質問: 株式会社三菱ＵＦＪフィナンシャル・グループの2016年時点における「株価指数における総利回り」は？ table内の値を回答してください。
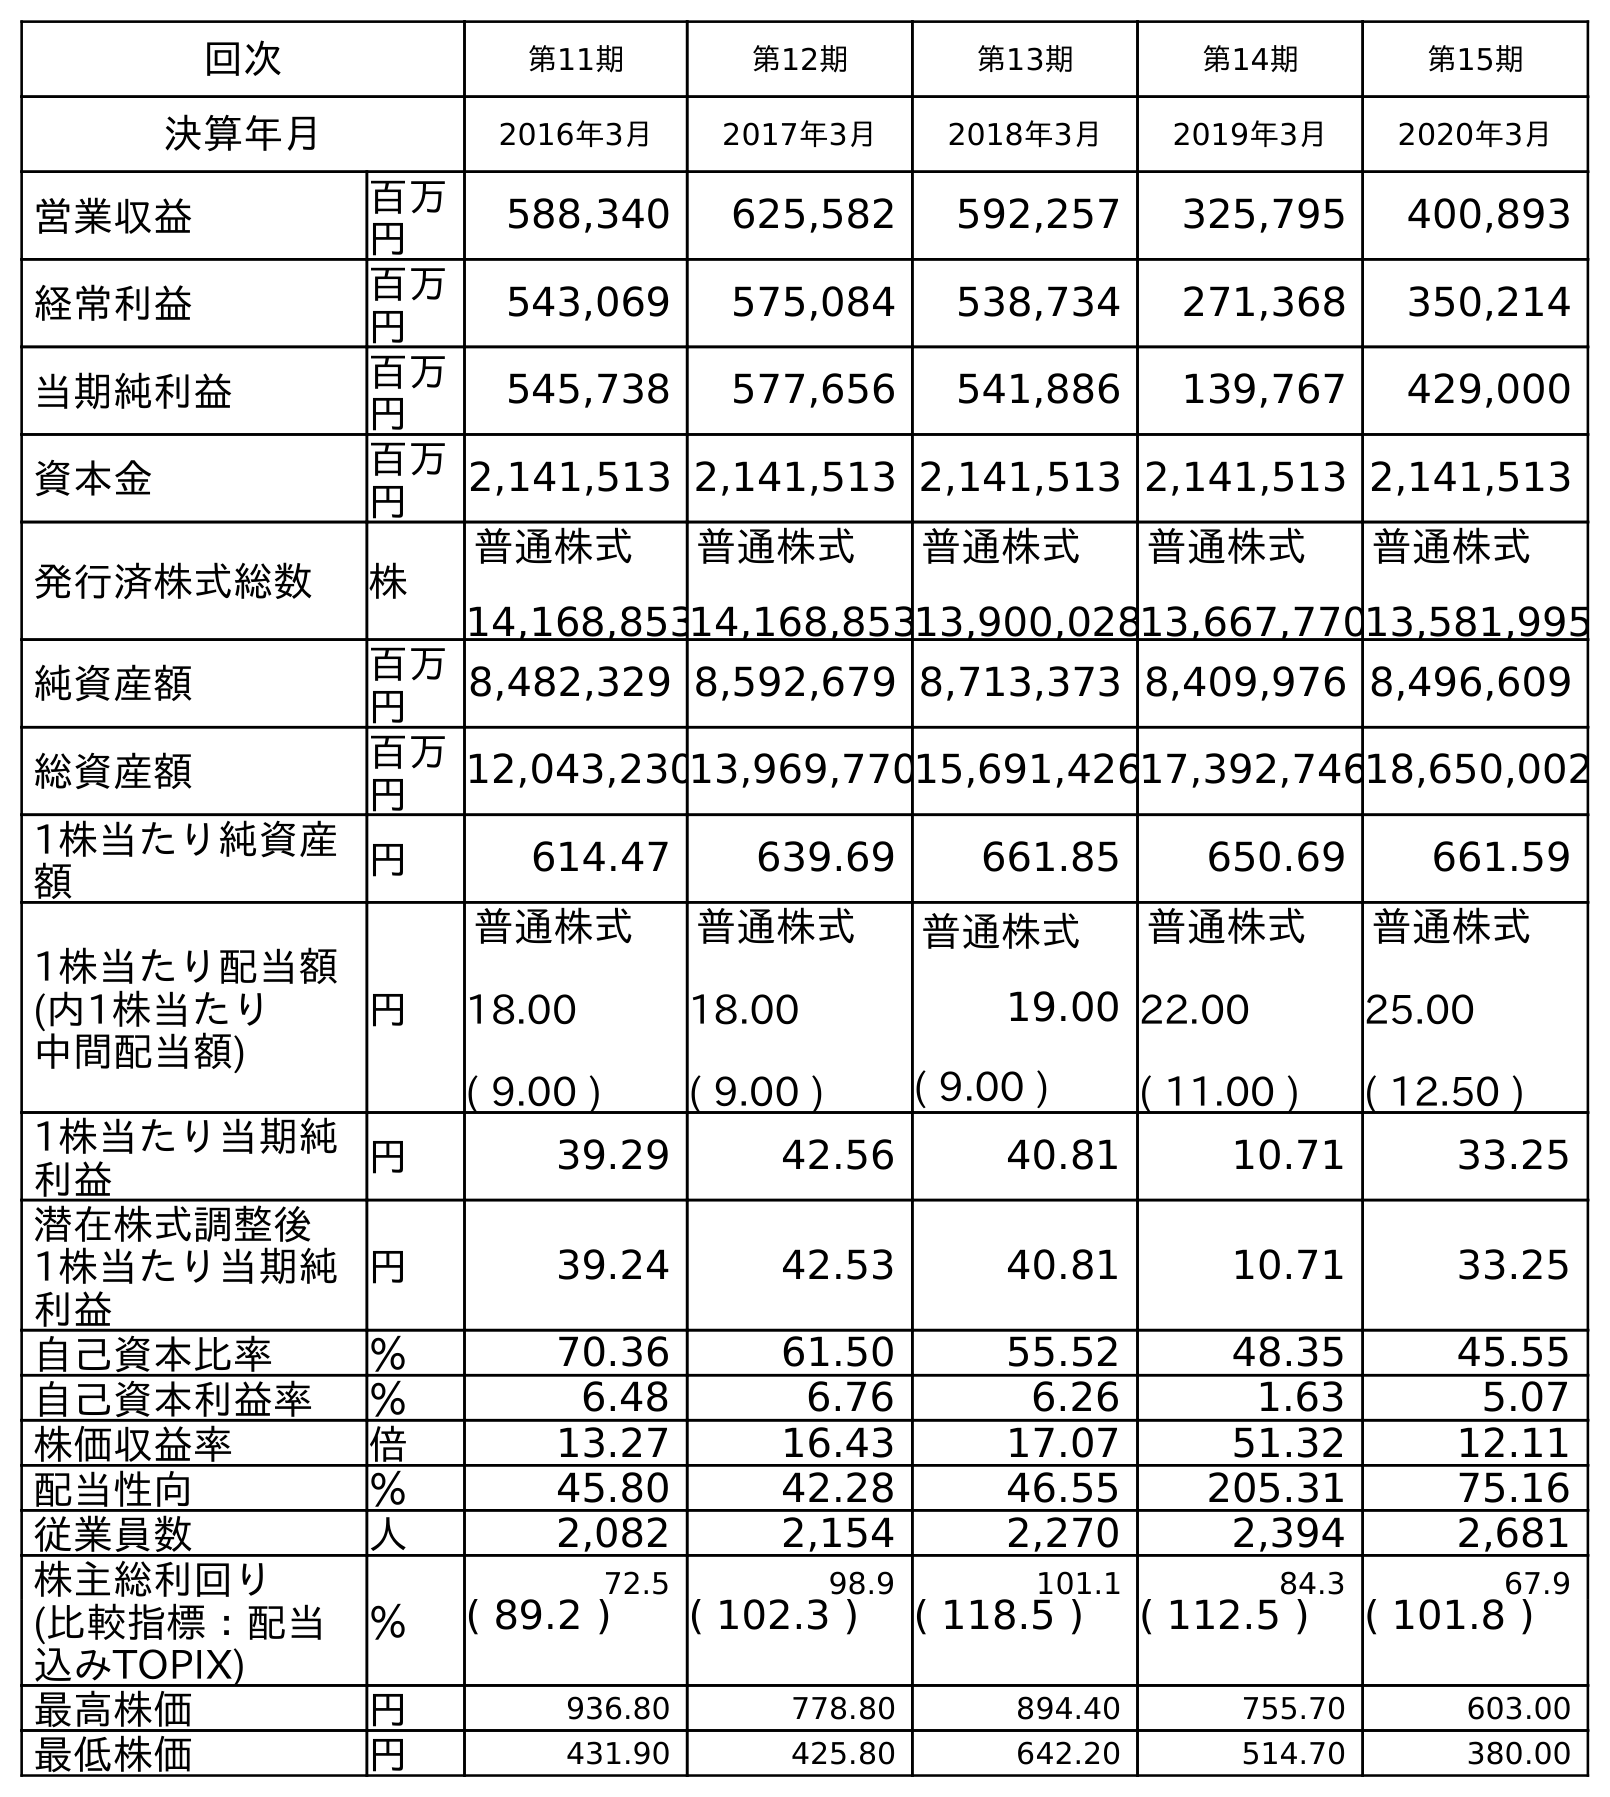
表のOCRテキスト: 回次 第11期 第12期 第13期 第14期 第15期 決算年月 2016年3月 2017年3月 2018年3月 2019年3月 2020年3月 営業収益 百万 円 588,340 625,582 592,257 325,795 400,893 経常利益 百万 円 543,069 575,084 538,734 271,368 350,214 当期純利益 百万 円 545,738 577,656 541,886 139,767 429,000 資本金 百万 円 2,141,513 2,141,513 2,141,513 2,141,513 2,141,513 発行済株式総数 株 普通株式 14,168,853 普通株式 14,168,853 普通株式 13,900,028 普通株式 13,667,770 普通株式 13,581,995 純資産額 百万 円 8,482,329 8,592,679 8,713,373 8,409,976 8,496,609 総資産額 百万 円 12,043,23013,969,77015,691,42617,392,74618,650,002 1株当たり純資産 額 円 614.47 639.69 661.85 650.69 661.59 1株当たり配当額 (内1株当たり 中間配当額) 円 普通株式 18.00 ( 9.00 ) 普通株式 18.00 ( 9.00 ) 普通株式 19.00 ( 9.00 ) 普通株式 22.00 ( 11.00 ) 普通株式 25.00 ( 12.50 ) 1株当たり当期純 利益 円 39.29 42.56 40.81 10.71 33.25 潜在株式調整後 1株当たり当期純 利益 円 39.24 42.53 40.81 10.71 33.25 自己資本比率 ％ 70.36 61.50 55.52 48.35 45.55 自己資本利益率 ％ 6.48 6.76 6.26 1.63 5.07 株価収益率 倍 13.27 16.43 17.07 51.32 12.11 配当性向 ％ 45.80 42.28 46.55 205.31 75.16 従業員数 人 2,082 2,154 2,270 2,394 2,681 株主総利回り ％ 72.5 98.9 101.1 84.3 67.9 (比較指標：配当 込みTOPIX) ( 89.2 ) ( 102.3 ) ( 118.5 ) ( 112.5 ) ( 101.8 ) 最高株価 円 936.80 778.80 894.40 755.70 603.00 最低株価 円 431.90 425.80 642.20 514.70 380.00
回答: (89.2)